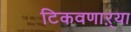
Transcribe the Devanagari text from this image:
टिकवणाऱ्या